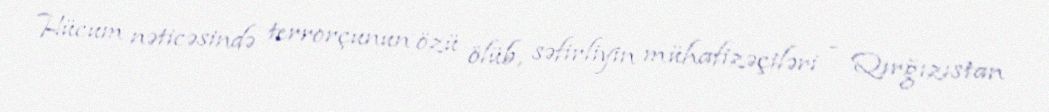
Hücum nəticəsində terrorçunun özü ölüb, səfirliyin mühafizəçiləri - Qırğızıstan